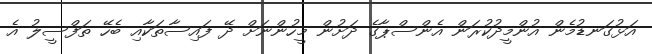
އަޅުގަނޑުމެން އުންމީދުކުރަން އެންސްޕާގެ ދަށުން މީހުންނަށް ދޭ ފައިސާތަކާއި ބެހޭ ތަފްސީލު އެ